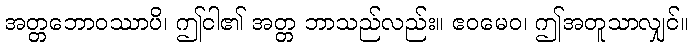
အတ္တဘောဝဿာပိ၊ ဤငါ၏ အတ္တ ဘာသည်လည်း။ ဧဝမေဝ၊ ဤအတူသာလျှင်။